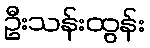
ဦးသန်းထွန်း